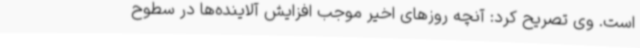
است. وی تصریح کرد: آنچه روزهای اخیر موجب افزایش آلاینده‌ها در سطوح